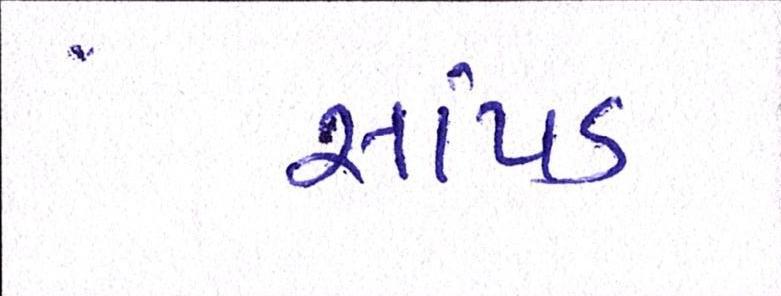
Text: સાંપડ